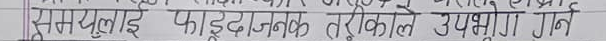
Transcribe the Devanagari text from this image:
म्युलाई फाइडजनक तरीकाले उपभोग गर्ने